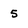
Character: 5